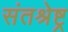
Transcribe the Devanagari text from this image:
संतश्रेष्ट्र